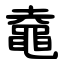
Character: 鼀